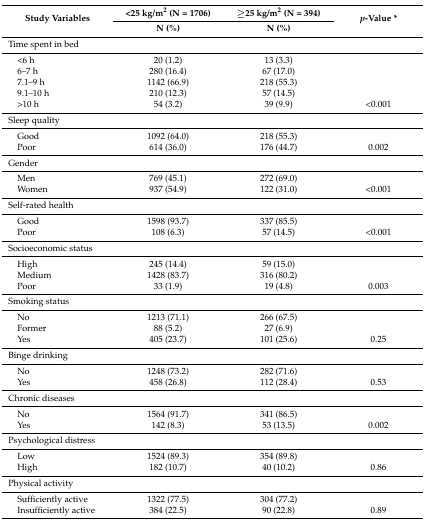
<table><thead><tr><td rowspan="2"><b>Study Variables</b></td><td><b>&lt;25 kg/m<sup>2</sup> (N = 1706)</b></td><td><b>≥25 kg/m<sup>2</sup> (N = 394)</b></td><td rowspan="2"><b><i>p</i>-Value *</b></td></tr><tr><td><b>N (%)</b></td><td><b>N (%)</b></td></tr></thead><tbody><tr><td>Time spent in bed</td><td></td><td></td><td></td></tr><tr><td> &lt;6 h</td><td>20 (1.2)</td><td>13 (3.3)</td><td></td></tr><tr><td> 6–7 h</td><td>280 (16.4)</td><td>67 (17.0)</td><td></td></tr><tr><td> 7.1–9 h</td><td>1142 (66.9)</td><td>218 (55.3)</td><td></td></tr><tr><td> 9.1–10 h</td><td>210 (12.3)</td><td>57 (14.5)</td><td></td></tr><tr><td> &gt;10 h</td><td>54 (3.2)</td><td>39 (9.9)</td><td>&lt;0.001</td></tr><tr><td>Sleep quality</td><td></td><td></td><td></td></tr><tr><td> Good</td><td>1092 (64.0)</td><td>218 (55.3)</td><td></td></tr><tr><td> Poor</td><td>614 (36.0)</td><td>176 (44.7)</td><td>0.002</td></tr><tr><td>Gender</td><td></td><td></td><td></td></tr><tr><td> Men</td><td>769 (45.1)</td><td>272 (69.0)</td><td></td></tr><tr><td> Women</td><td>937 (54.9)</td><td>122 (31.0)</td><td>&lt;0.001</td></tr><tr><td>Self-rated health</td><td></td><td></td><td></td></tr><tr><td> Good</td><td>1598 (93.7)</td><td>337 (85.5)</td><td></td></tr><tr><td> Poor</td><td>108 (6.3)</td><td>57 (14.5)</td><td>&lt;0.001</td></tr><tr><td>Socioeconomic status</td><td></td><td></td><td></td></tr><tr><td> High</td><td>245 (14.4)</td><td>59 (15.0)</td><td></td></tr><tr><td> Medium</td><td>1428 (83.7)</td><td>316 (80.2)</td><td></td></tr><tr><td> Poor</td><td>33 (1.9)</td><td>19 (4.8)</td><td>0.003</td></tr><tr><td>Smoking status</td><td></td><td></td><td></td></tr><tr><td> No</td><td>1213 (71.1)</td><td>266 (67.5)</td><td></td></tr><tr><td> Former</td><td>88 (5.2)</td><td>27 (6.9)</td><td></td></tr><tr><td> Yes</td><td>405 (23.7)</td><td>101 (25.6)</td><td>0.25</td></tr><tr><td>Binge drinking</td><td></td><td></td><td></td></tr><tr><td> No</td><td>1248 (73.2)</td><td>282 (71.6)</td><td></td></tr><tr><td> Yes</td><td>458 (26.8)</td><td>112 (28.4)</td><td>0.53</td></tr><tr><td>Chronic diseases</td><td></td><td></td><td></td></tr><tr><td> No</td><td>1564 (91.7)</td><td>341 (86.5)</td><td></td></tr><tr><td> Yes</td><td>142 (8.3)</td><td>53 (13.5)</td><td>0.002</td></tr><tr><td>Psychological distress</td><td></td><td></td><td></td></tr><tr><td> Low</td><td>1524 (89.3)</td><td>354 (89.8)</td><td></td></tr><tr><td> High</td><td>182 (10.7)</td><td>40 (10.2)</td><td>0.86</td></tr><tr><td>Physical activity</td><td></td><td></td><td></td></tr><tr><td> Sufficiently active</td><td>1322 (77.5)</td><td>304 (77.2)</td><td></td></tr><tr><td> Insufficiently active</td><td>384 (22.5)</td><td>90 (22.8)</td><td>0.89</td></tr></tbody></table>